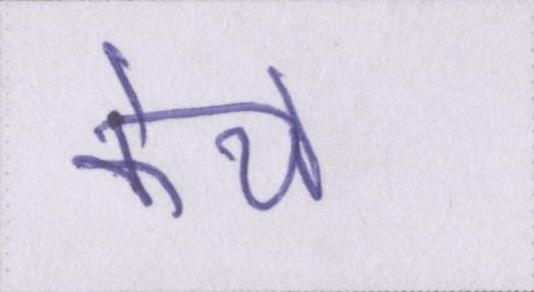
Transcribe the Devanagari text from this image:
केये